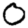
Digit: 0